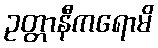
ဥတ္တာနီကရောမိ